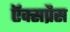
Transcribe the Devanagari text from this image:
ऍक्सप्रैस